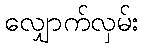
လျှောက်လှမ်း